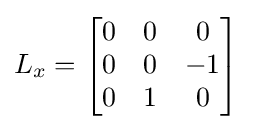
L_{x}={\begin{bmatrix}0&0&0\\0&0&-1\\0&1&0\end{bmatrix}}